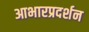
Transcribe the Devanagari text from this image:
आभारप्रदर्शन